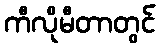
ကီလိုမီတာတွင်